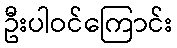
ဦးပါဝင်ကြောင်း